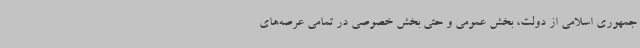
جمهوری اسلامی از دولت، بخش عمومی و حتی بخش خصوصی در تمامی عرصه‌های